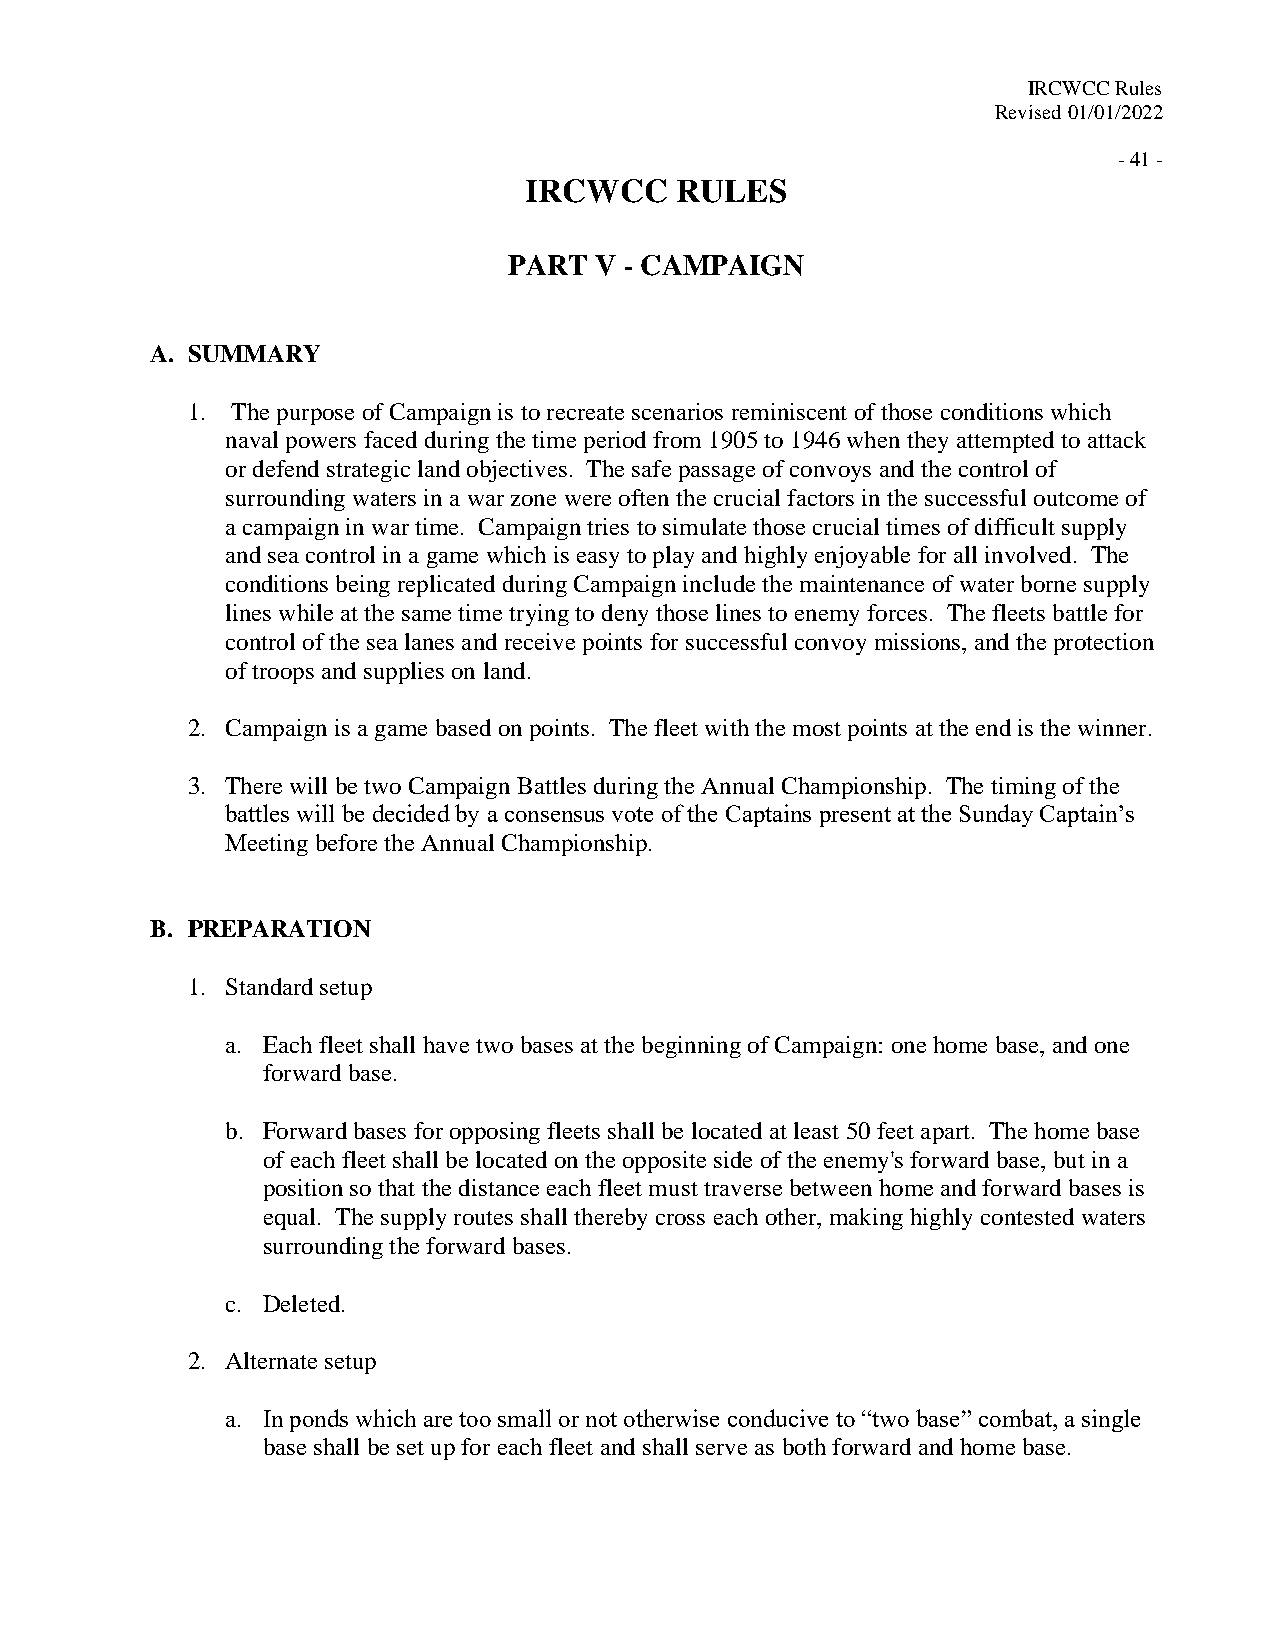
IRCWCC Rules
 Revised 01/01/2022
 - 41 -
 IRCWCC    RULES
 PART V - CAMPAIGN
 A. SUMMARY
 1. The purpose of Campaign is to recreate scenarios reminiscent of those conditions which
 naval powers faced during the time period from 1905 to 1946 when they attempted to attack
 or defend strategic land objectives. The safe passage of convoys and the control of
 surrounding waters in a war zone were often the crucial factors in the successful outcome of
 a campaign in war time. Campaign tries to simulate those crucial times of difficult supply
 and sea control in a game which is easy to play and highly enjoyable for all involved. The
 conditions being replicated during Campaign include the maintenance of water borne supply
 lines while at the same time trying to deny those lines to enemy forces. The fleets battle for
 control of the sea lanes and receive points for successful convoy missions, and the protection
 of troops and supplies on land.
 2. Campaign is a game based on points. The fleet with the most points at the end is the winner.
 3. There will be two Campaign Battles during the Annual Championship. The timing of the
 battles will be decided by a consensus vote of the Captains present at the Sunday Captain’s
 Meeting before the Annual Championship.
 B. PREPARATION
 1. Standard setup
 a. Each fleet shall have two bases at the beginning of Campaign: one home base, and one
 forward base.
 b. Forward bases for opposing fleets shall be located at least 50 feet apart. The home base
 of each fleet shall be located on the opposite side of the enemy's forward base, but in a
 position so that the distance each fleet must traverse between home and forward bases is
 equal. The supply routes shall thereby cross each other, making highly contested waters
 surrounding the forward bases.
 c. Deleted.
 2. Alternate setup
 a. In ponds which are too small or not otherwise conducive to “two base” combat, a single
 base shall be set up for each fleet and shall serve as both forward and home base.